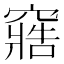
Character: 𮄔